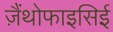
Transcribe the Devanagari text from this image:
ज़ैंथोफाइसिई